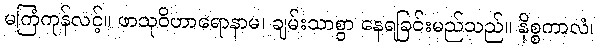
မကြံကုန်လင့်။ ဖာသုဝိဟာရောနာမ၊ ချမ်းသာစွာ နေရခြင်းမည်သည်။ နိစ္စကာလံ၊